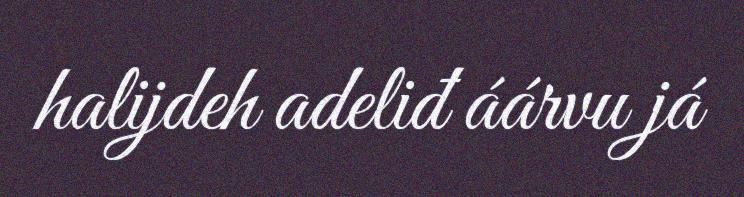
halijdeh adeliđ áárvu já